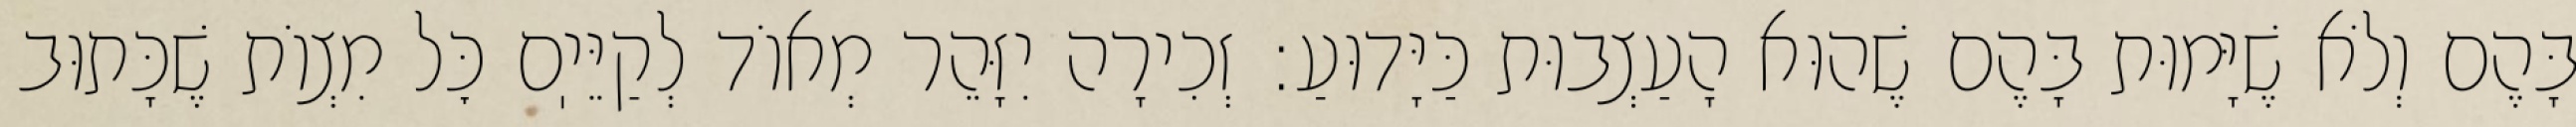
בָּהֶם וְלֹא שֶׁיָּמוּת בָּהֶם שֶׁהוּא הָעַצְבוּת כַּיָּדוּעַ: זְכִירָה יִזָּהֵר מְאוֹד לְקַיֵּיֽם כׇּל מִצְוֹת שֶׁכָּתוּב